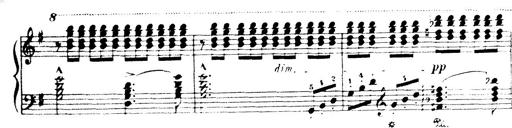
Title: Wagner-Liszt Album
Composer: Franz Liszt